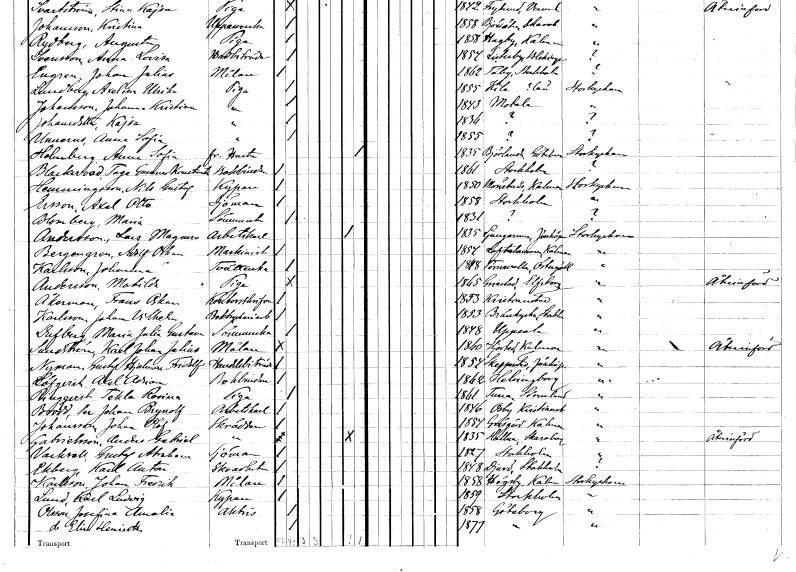
gt_parse: households: individuals: FN: Anna Sofia
EN: Holmberg
YRKE: Hustru fr.
KON: K
CIV: X
FODAR: 1835
FODFORS: Björlanda Göteborgs- och Bohuslän
FN: Tage Gunnar Konstantin
EN: Blackwood
YRKE: Bokbindare
KON: M
CIV: O
FODAR: 1861
FODFORS: Stockholm
FN: Nils Gustaf
EN: Hemmingsson
YRKE: Kypare
KON: M
CIV: O
FODAR: 1850
FODFORS: Mönsterås Kalmar län
FN: Axel Otto
EN: Ersson
YRKE: Sjöman
KON: M
CIV: O
FODAR: 1858
FODFORS: Stockholm
FN: Maria
EN: Blomberg
YRKE: Sömmerska
KON: K
CIV: O
FODAR: 1831
FN: Lars Magnus
EN: Andersson
YRKE: Arbetskarl
KON: M
CIV: E
FODAR: 1835
FODFORS: Ljungarum Jönköpings län
FN: Adolf Oskar
EN: Bergengren
YRKE: Maskinist
KON: M
CIV: O
FODAR: 1857
FODFORS: Loftahammar Kalmar län
FN: Johanna
EN: Karlsson
YRKE: Tvätterska
KON: K
CIV: O
FODAR: 1848
FODFORS: Törnevalla Östergötlands län
FN: Matilda
EN: Andersson
YRKE: Piga
KON: K
CIV: O
FODAR: 1865
FODFORS: Grinstad Älvsborgs län
FN: Frans Oskar
EN: Åkerman
YRKE: Kontorsskrivare
KON: M
CIV: O
FODAR: 1853
FODFORS: Kristianstad Kristianstads län
FN: Johan Vilhelm
EN: Karlsson
YRKE: Boktryckeriarbetare
KON: M
CIV: O
FODAR: 1853
FODFORS: Brännkyrka Stockholms län
FN: Maria Julia Gustava
EN: Dufberg
YRKE: Sömmerska
KON: K
CIV: O
FODAR: 1848
FODFORS: Uppsala Uppsala län
FN: Karl Johan Julius
EN: Sundström
YRKE: Målare
KON: M
CIV: O
FODAR: 1860
FODFORS: Hjorted Kalmar län
FN: Gustaf Hjalmar Fridolf
EN: Nyman
YRKE: Handelsbiträde
KON: M
CIV: O
FODAR: 1854
FODFORS: Skepperstad Jönköpings län
FN: Axel Adrian
EN: Löfqvist
YRKE: Bokbindare
KON: M
CIV: O
FODAR: 1862
FODFORS: Hälsingborg Malmöhus län
FN: Tekla Rosina
EN: Ringqvist
YRKE: Piga
KON: K
CIV: O
FODAR: 1861
FODFORS: Tuna Södermanlands län
FN: Per Johan Brynolf
EN: Brodd
YRKE: Arbetskarl
KON: M
CIV: O
FODAR: 1846
FODFORS: Osby Kristianstads län
FN: Johan Olof
EN: Johansson
YRKE: Skräddare
KON: M
CIV: O
FODAR: 1854
FODFORS: Gräsgård Kalmar län
FN: Anders Gabriel
EN: Gabrielsson
YRKE: Skräddare
KON: M
CIV: X
FODAR: 1835
FODFORS: Halna Skaraborgs län
FN: Gustaf Abraham
EN: Vackvall
YRKE: Sjöman
KON: M
CIV: O
FODAR: 1827
FODFORS: Stockholm
FN: Karl Anton
EN: Ekberg
YRKE: Skoarbetare
KON: M
CIV: O
FODAR: 1848
FODFORS: Djurö Stockholms län
FN: Johan Fredrik
EN: Karlström
YRKE: Målare
KON: M
CIV: O
FODAR: 1858
FODFORS: Högby Kalmar län
FN: Karl Ludvig
EN: Lund
YRKE: Kypare
KON: M
CIV: O
FODAR: 1859
FODFORS: Stockholm
FN: Josefina Amalia
EN: Olsson
YRKE: Aktris
KON: K
CIV: O
FODAR: 1858
FODFORS: Göteborg Göteborgs- och Bohuslän
FN: Elin Henrietta
KON: K
CIV: O
FODAR: 1877
FODFORS: Göteborg Göteborgs- och Bohuslän